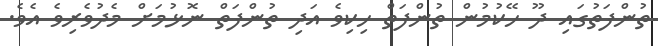
ތުންފަތުގައި ދޫ ހޭކުމުން ތުންފަތް ހިކިވެ އަދި ތުންފަތް ނޮޅުމަށް މެދުވެރިވެ އެވެ.